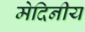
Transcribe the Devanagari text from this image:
मेदिनीय